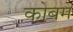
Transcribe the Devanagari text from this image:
कोबम